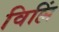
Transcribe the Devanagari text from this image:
विल्लिं